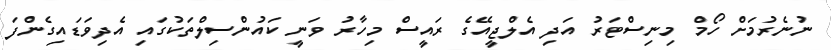
ނުނެރުމަށް ހޯމް މިނިސްޓަރު އަދި އެލްޖީއޭގެ ރައީސް މިހާރު ވަނީ ކައުންސިލްތަކުގައި އެދިވަޑައިގެންފަ